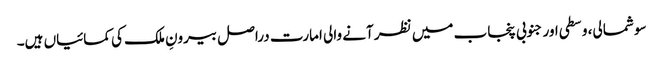
سو شمالی، وسطی اور جنوبی پنجاب میں نظر آنے والی امارت دراصل بیرونِ ملک کی کمائیاں ہیں۔